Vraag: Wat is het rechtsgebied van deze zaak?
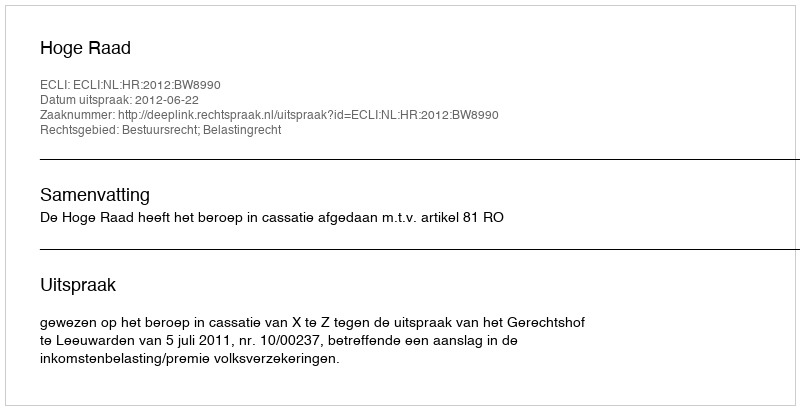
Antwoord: Bestuursrecht; Belastingrecht